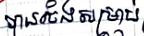
បានចែងសម្រាប់